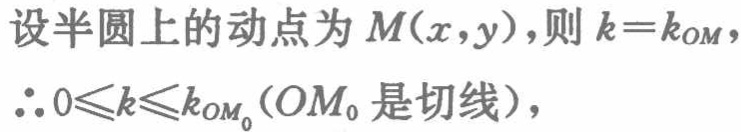
设半圆上的动点为\(M(x,y)\)，则\(k = k_{OM}\)，
\(\therefore 0\leqslant k\leqslant k_{OM_{0}}(OM_{0}\)是切线\()\)，